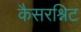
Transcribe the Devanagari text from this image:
कैसरश्निट